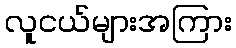
လူငယ်များအကြား